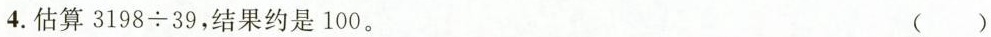
4.估算3198\div39，结果约是100。 ()